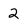
Character: 2